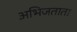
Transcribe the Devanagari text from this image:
अभिजताता